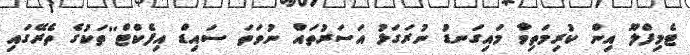
ޓެމިފްލޫ އިން ކުރިމަތިވާ މައިގަނޑު ނުރަގަޅު އަސަރުތައް ނުވަތަ ސައިޑް އިފެކްޓް''ތަކުގެ ތެރޭގައި